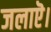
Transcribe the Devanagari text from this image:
जलाऎ।